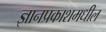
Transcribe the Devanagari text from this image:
ज्ञानप्रकाशमधील